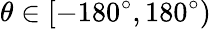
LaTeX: \theta\in[-180^{\circ},180^{\circ})